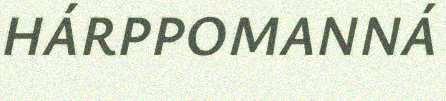
HÁRPPOMANNÁ